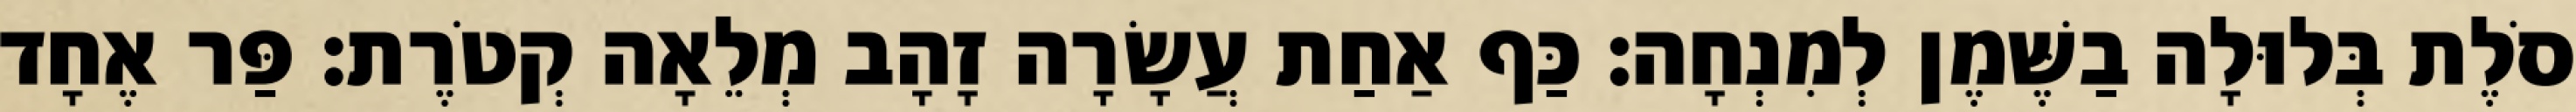
סֹלֶת בְּלוּלָה בַשֶּׁמֶן לְמִנְחָה׃ כַּף אַחַת עֲשָׂרָה זָהָב מְלֵאָה קְטֹרֶת׃ פַּר אֶחָד